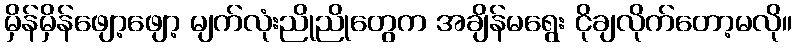
မှိန်မှိန်ဖျော့ဖျော့ မျက်လုံးညိုညိုတွေက အချိန်မရွေး ငိုချလိုက်တော့မလို။